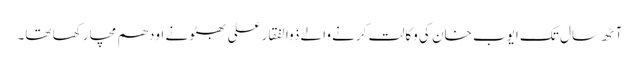
آٹھ سال تک ایوب خان کی وکالت کرنے والے ذوالفقار علی بھٹو نے اودھم مچا رکھا تھا۔